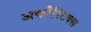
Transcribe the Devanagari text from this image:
अकौस्टिक्स